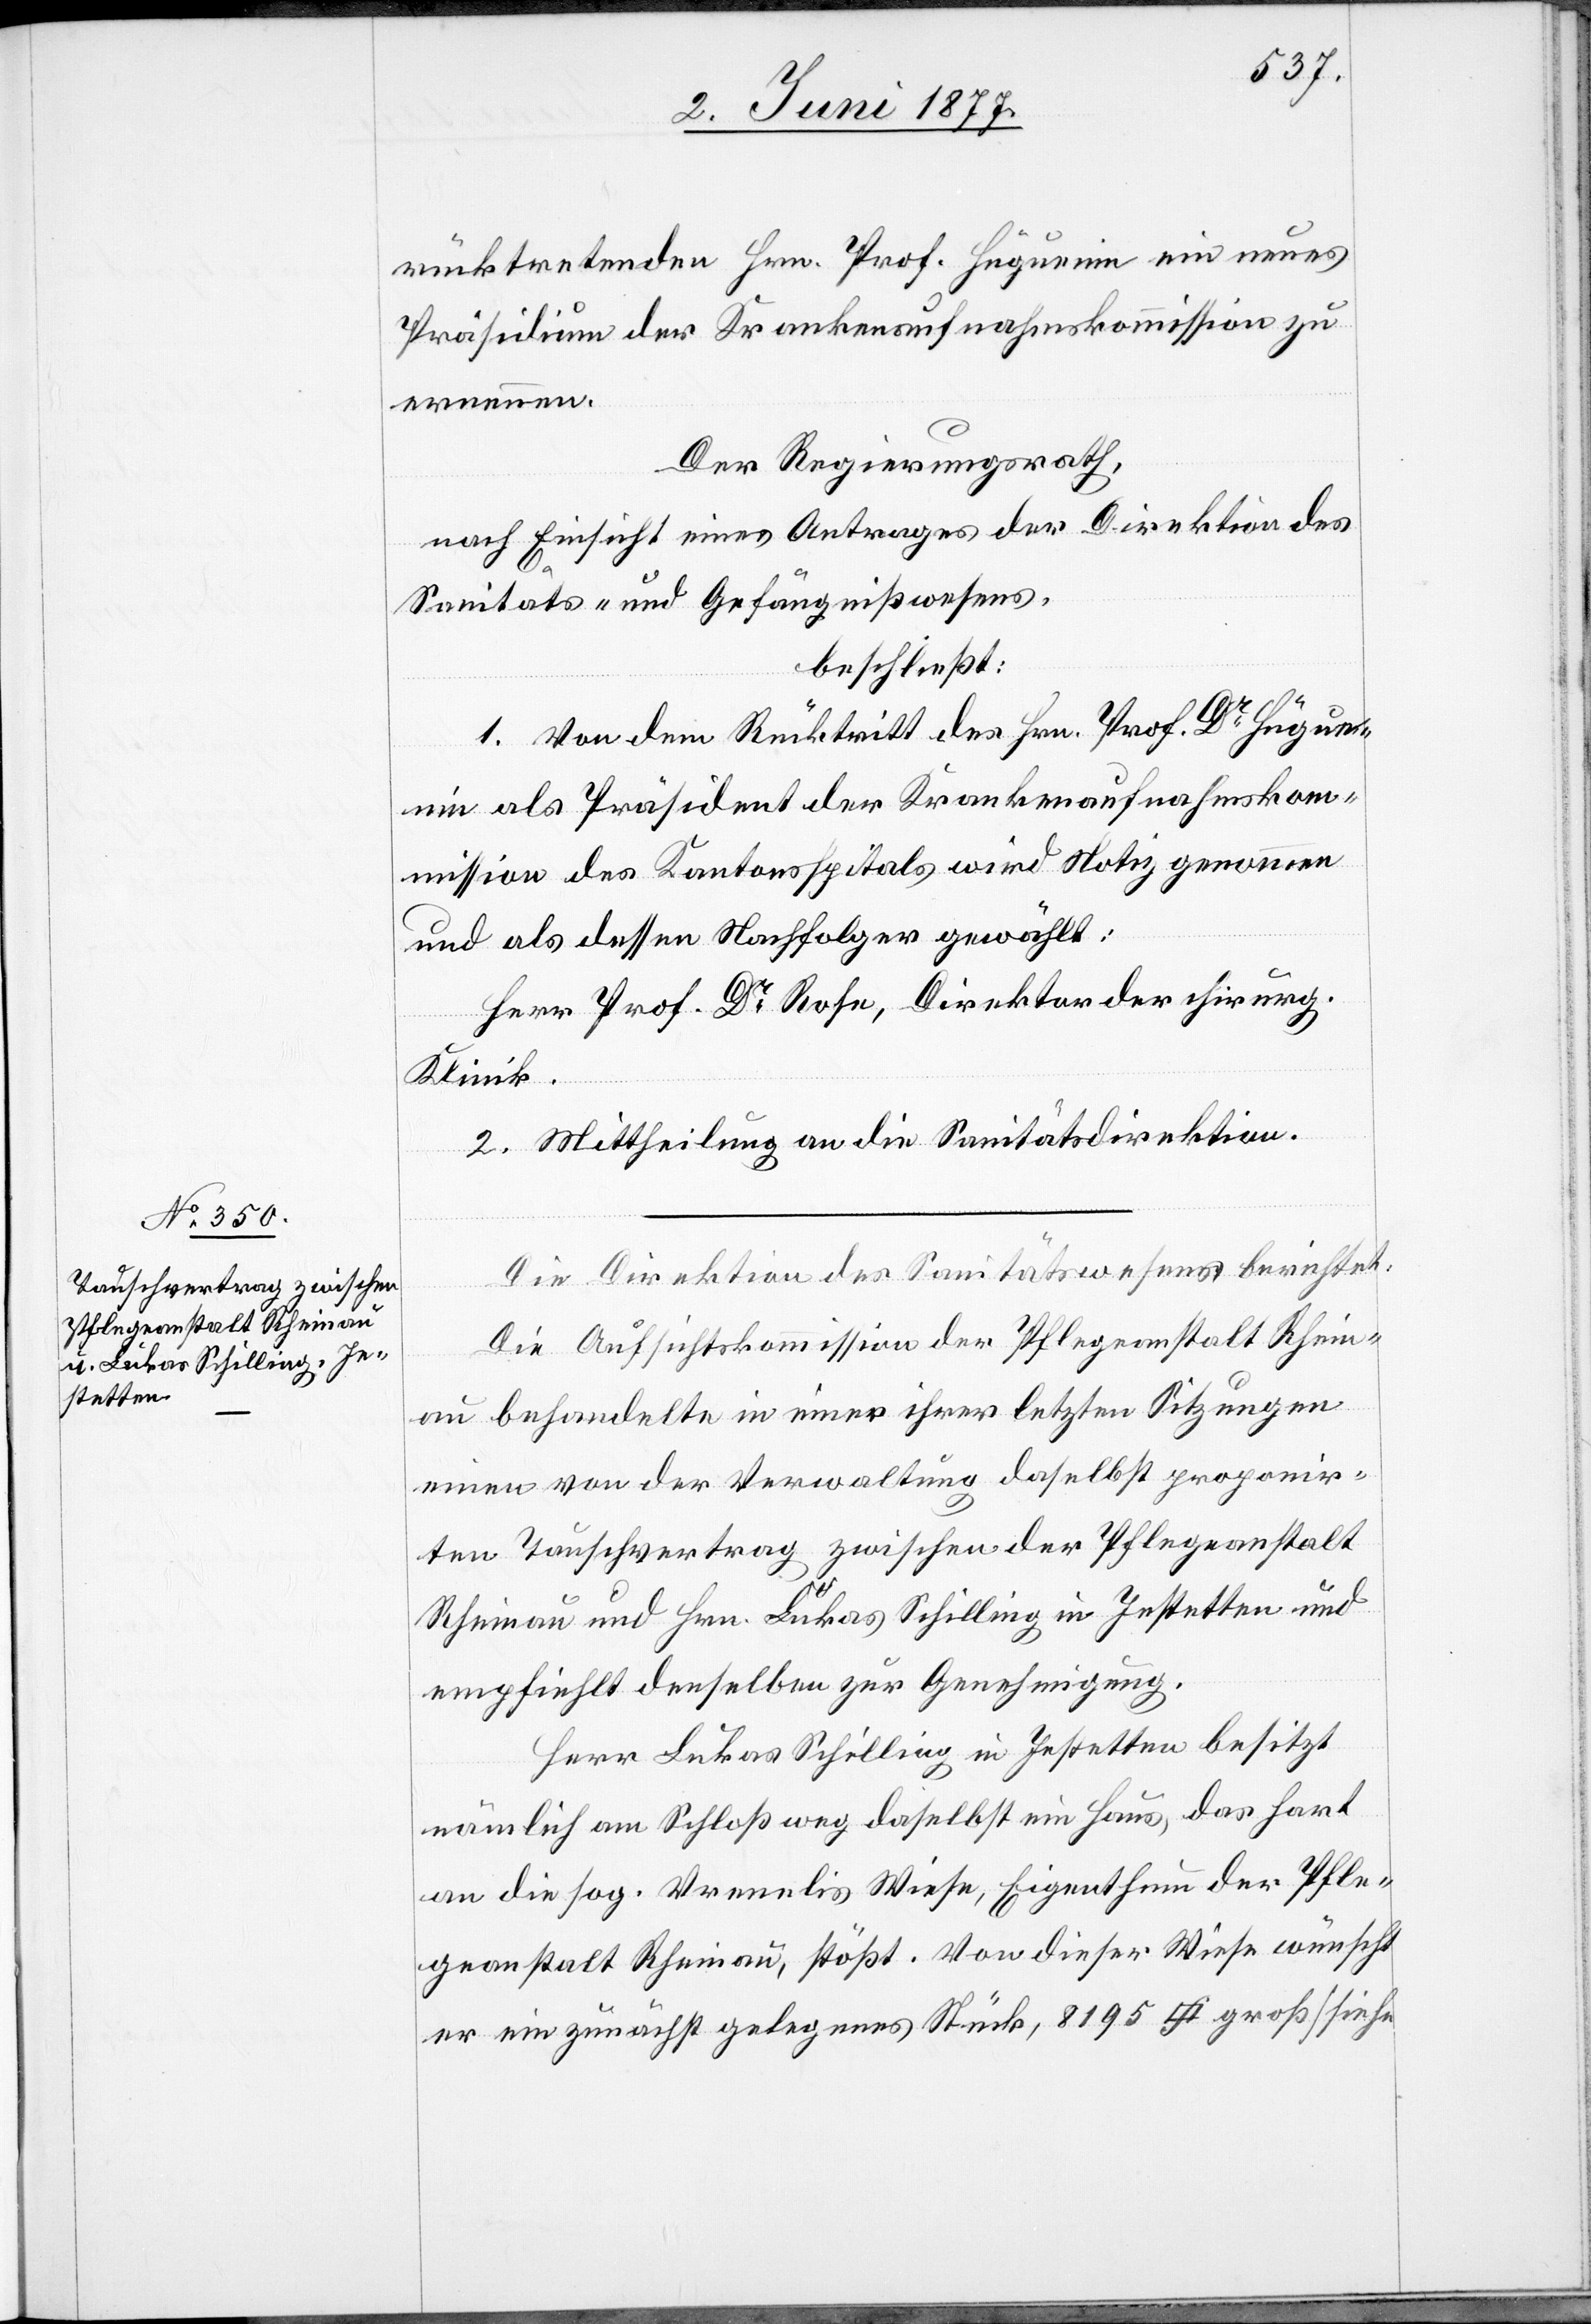
rücktretenden Hrn. Prof. Hüguenin ein neues
Präsidium der Krankenaufnahmskommission zu
ernennen.
Der Regierungsrath,
nach Einsicht eines Antrages der Direktion des
Sanitäts- und Gefängnißwesens,
beschließt:
1. Von dem Rücktritt des Hrn. Prof. Dr Hügueni¬
n als Präsident der Krankenaufnahmskom¬
mission des Kantonsspitals wird Notiz genommen
und als dessen Nachfolger gewählt:
Herr Prof. Dr Rose, Direktor der chirurg.
Klinik.
2. Mittheilung an die Sanitätsdirektion.
Die Direktion des Sanitätswesens berichtet:
Die Aufsichtskommission der Pflegeanstalt Rhein¬
au behandelte in einer ihrer letzten Sitzungen
einen von der Verwaltung daselbst proponir¬
ten Tauschvertrag zwischen der Pflegeanstalt
Rheinau und Hrn. Lukas Schilling in Jestetten und
empfiehlt denselben zur Genehmigung.
Herr Lukas Schilling in Jestetten besitzt
nämlich am Schloßweg daselbst ein Haus, das hart
an die sog. Vrenelis Wiese, Eigenthum der Pfle¬
geanstalt Rheinau, stößt. Von dieser Wiese wünscht
er ein zunächst gelegenes Stück, 8195 [Quadratfuss] groß [siehe